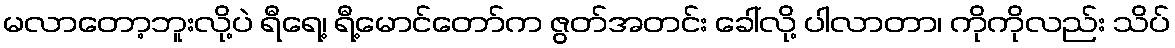
မလာတော့ဘူးလို့ပဲ ရီရေ့၊ ရီ့မောင်တော်က ဇွတ်အတင်း ခေါ်လို့ ပါလာတာ၊ ကိုကိုလည်း သိပ်